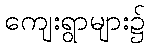
ကျေးရွာများ၌